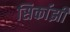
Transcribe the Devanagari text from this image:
सिर्काझी